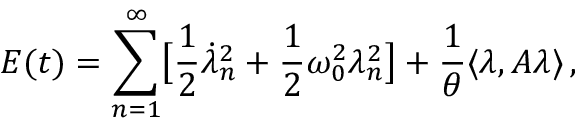
E ( t ) = \sum _ { n = 1 } ^ { \infty } \bigl [ \frac 1 2 \dot { \lambda } _ { n } ^ { 2 } + \frac 1 2 \omega _ { 0 } ^ { 2 } \lambda _ { n } ^ { 2 } \bigr ] + \frac 1 \theta \langle \lambda , A \lambda \rangle \, ,